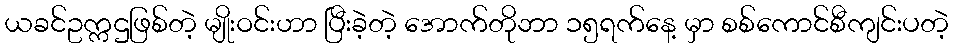
ယခင်ဥက္ကဌဖြစ်တဲ့ မျိုးဝင်းဟာ ပြီးခဲ့တဲ့ အောက်တိုဘာ ၁၅ရက်နေ့ မှာ စစ်ကောင်စီကျင်းပတဲ့